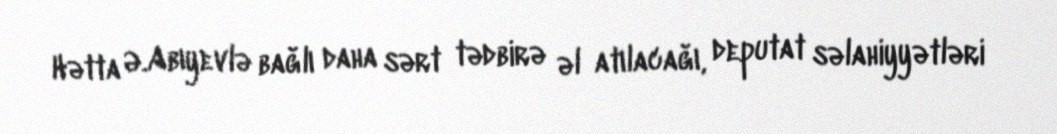
Hətta Ə.Abıyevlə bağlı daha sərt tədbirə əl atılacağı, deputat səlahiyyətləri